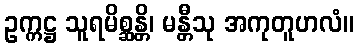
ဥက္ကဋ္ဌ သူရမိစ္ဆန္တိ၊ မန္တီသု အကုတူဟလံ။